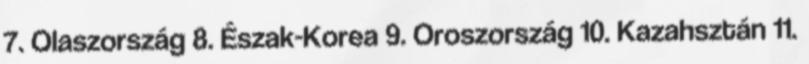
7. Olaszország 8. Észak-Korea 9. Oroszország 10. Kazahsztán 11.